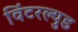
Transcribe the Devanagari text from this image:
विंटरल्युड